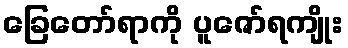
ခြေတော်ရာကို ပူဇော်ရကျိုး